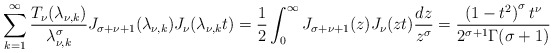
\begin{align*}\sum_{k=1}^{\infty }\frac{T_\nu (\lambda _{\nu ,k})}{\lambda _{\nu ,k}^\sigma }J_{\sigma +\nu +1}(\lambda _{\nu ,k}) J_\nu (\lambda _{\nu ,k}t)=\frac{1}{2}\int_{0}^{\infty }{J_{\sigma +\nu +1}(z) J_\nu (zt)\frac{dz}{z^\sigma }}=\frac{\left( 1-t^2\right) ^\sigma t^\nu }{2^{\sigma +1}\Gamma (\sigma +1)} \end{align*}